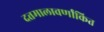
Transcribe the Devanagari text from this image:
दत्तमालावर्णांकित